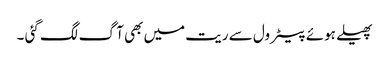
پھیلے ہوئے پیٹرول سے ریت میں بھی آ گ لگ گئی ۔